Civil Veterinary Department Bihar reports 1940-50 - 1940-1950
Year: 1940
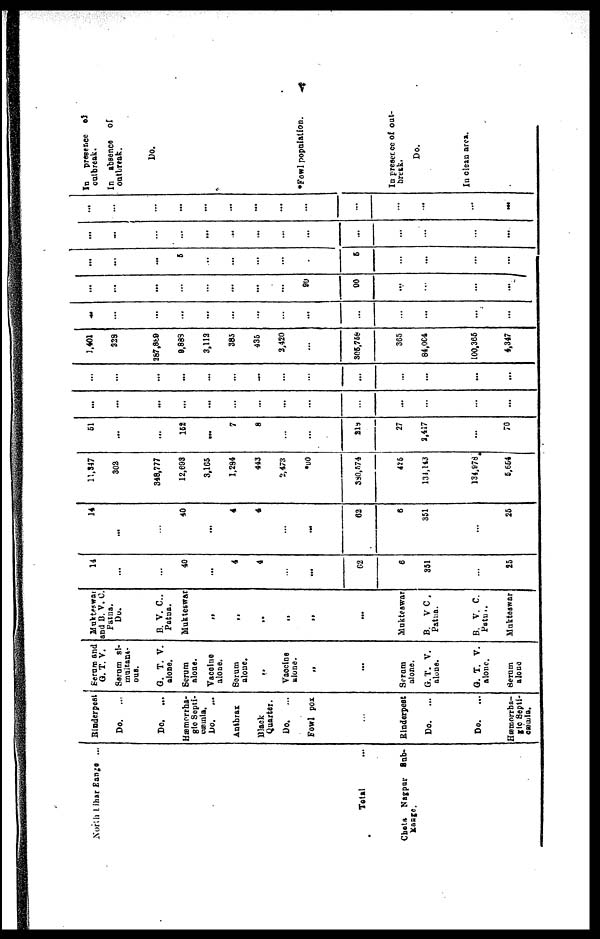
V
North Bihar Eange ...
Total ...
Chota Nagpur
Sub-
Range.
Rinderpest
Do....
Do.
...
Hæmorrha-
gic Septi-
cæmia.
Do....
Anthrax
Black
Quarter.
Do....
Fowl pox
...
Rinderpest
Do. ...
Do. ...
Hæmorrha-
gic Septi-
cæmia.
Serum and
G. T. V.
Serum si-
multant-
ous.
G. T. V.
alone.
Serum
alone.
Vacoine
alons.
Serum
alone.
„
Vaccine
alone.
...
Serum
alone.
G. T. V.
alone.
G. T. V.
alone.
Serum
alone
Mukteswar
and B. V. C.
Patna.
Do.
B. V. C.,
Patna.
Mukteswar
„
„
„
„
„
...
Mukteswar
B.
V.C.
Patna.
B. V. C.,
Patna.
Mukteswar
14
...
...
40
...
4
4
...
...
62
6
351
...
25
14
...
...
40
...
4
4
...
...
62
6
351
...
25
11,847
302
348,777
12,693
3,165
1,294
443
2,473
*90
380,574
425
134,143
134,978
5,654
51
...
...
152
...
7
8
...
...
21b
27
2,417
...
76
...
...
...
...
...
...
...
...
...
...
...
...
...
...
...
...
...
...
...
...
...
...
...
...
...
...
...
...
1,401
228
287,889
9,883
3,112
385
435
2,420
...
305,758
365
84,004
100,365
4,347
...
...
...
...
...
...
...
...
...
...
...
...
...
...
...
....
...
...
...
...
...
...
90
90
...
...
...
...
...
...
...
5
...
...
...
...
...
5
...
...
...
...
...
...
...
...
...
...
...
...
...
...
...
...
...
...
...
...
...
...
...
...
...
...
...
...
...
...
...
...
In
presence
of
outbreak.
In
absence
of
outbreak.
Do.
*Fowl population.
In preserce of out-
break
.
Do.
In clean area.